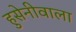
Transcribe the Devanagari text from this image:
हुसेनीवाला